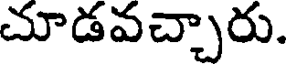
చూడవచ్చారు.